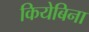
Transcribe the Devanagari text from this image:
कियेबिना